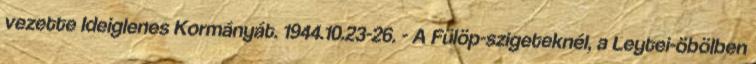
vezette Ideiglenes Kormányát. 1944.10.23-26. - A Fülöp-szigeteknél, a Leytei-öbölben